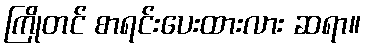
ကြိုတင် စာရင်းပေးထားလား ဆရာ။